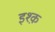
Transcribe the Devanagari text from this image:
इश्‍क़